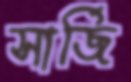
সার্জি